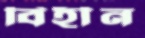
বিহীন